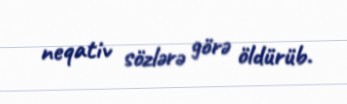
neqativ sözlərə görə öldürüb.